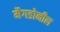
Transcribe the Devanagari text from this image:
मैगडोनील